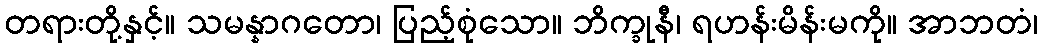
တရားတို့နှင့်။ သမန္နာဂတော၊ ပြည့်စုံသော။ ဘိက္ခုနီ၊ ရဟန်းမိန်းမကို။ အာဘတံ၊